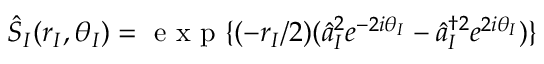
\hat { S } _ { I } ( r _ { I } , \theta _ { I } ) = \mathrm { ~ e ~ x ~ p ~ } \{ ( - r _ { I } / 2 ) ( \hat { a } _ { I } ^ { 2 } e ^ { - 2 i \theta _ { I } } - \hat { a } _ { I } ^ { \dagger 2 } e ^ { 2 i \theta _ { I } } ) \}